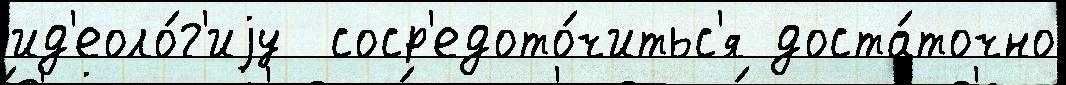
ид'еоло́г'иjу  соср'едото́читьс'я доста́точно